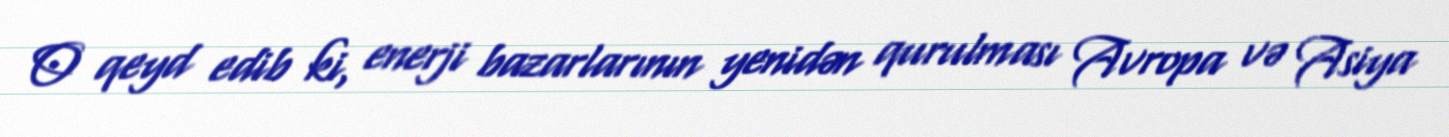
O qeyd edib ki, enerji bazarlarının yenidən qurulması Avropa və Asiya